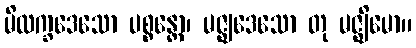
မိလက္ခဒေသော ပစ္စန္တော၊ မဇ္ဈဒေသော တု မဇ္ဈိမော။